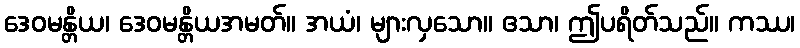
ဒေဝမန္တိယ၊ ဒေဝမန္တိယအမတ်။ အယံ၊ များလှသော။ ဧသာ၊ ဤပရိတ်သည်။ ကဿ၊